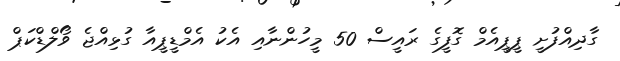
ގާދިއްފުށީ ޕީޕީއެމް ގޮފީގެ ރައީސް 50 މީހުންނާއި އެކު އެމްޑީޕީއާ ގުޅިއްޖެ ވޯލްޑްކަޕް